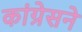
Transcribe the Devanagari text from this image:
कांग्रेसने